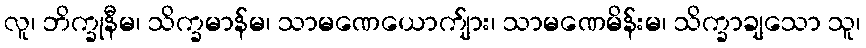
လူ၊ ဘိက္ခုနီမ၊ သိက္ခမာန်မ၊ သာမဏေယောက်ျား၊ သာမဏေမိန်းမ၊ သိက္ခာချသော သူ၊